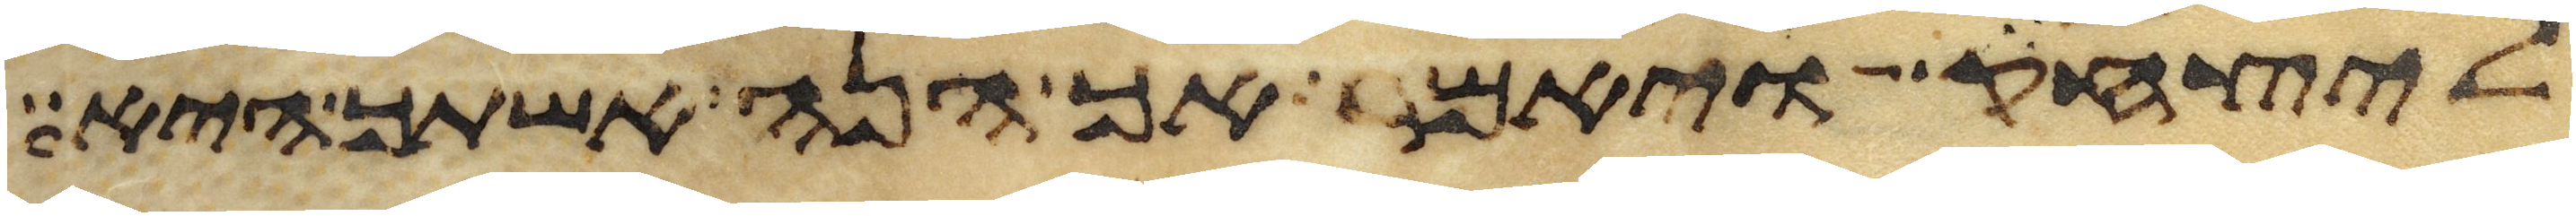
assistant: ליצחק ויאמר אך הנה אשתך היא